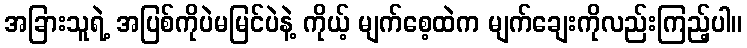
အခြားသူရဲ့ အပြစ်ကိုပဲမမြင်ပဲနဲ့ ကိုယ့် မျက်စေ့ထဲက မျက်ချေးကိုလည်းကြည့်ပါ။